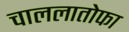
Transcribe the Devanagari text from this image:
चाललातोफा